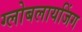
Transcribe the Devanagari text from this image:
ग्लोबलायजिंग